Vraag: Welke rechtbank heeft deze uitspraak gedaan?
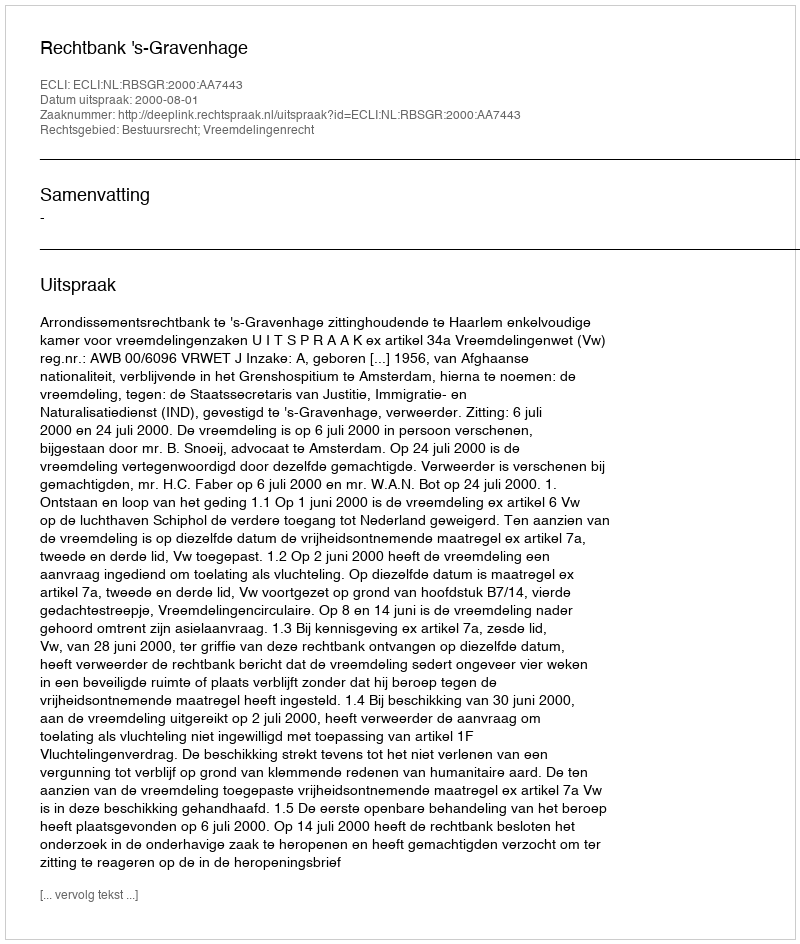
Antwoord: Rechtbank 's-Gravenhage